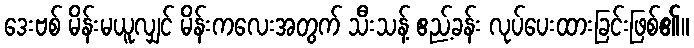
ဒေးဗစ် မိန်းမယူလျှင် မိန်းကလေးအတွက် သီးသန့် ဧည့်ခန်း လုပ်ပေးထားခြင်းဖြစ်၏။